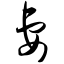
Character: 妻